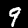
Label: 9